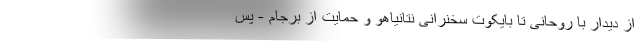
از دیدار با روحانی تا بایکوت سخنرانی نتانیاهو و حمایت از برجام - پس